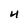
Character: 4